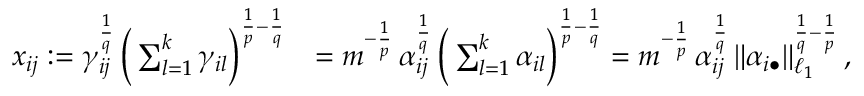
\begin{array} { r l } { x _ { i j } : = \gamma _ { i j } ^ { \frac { 1 } { q } } \, \Big ( \sum _ { l = 1 } ^ { k } \gamma _ { i l } \Big ) ^ { \frac { 1 } { p } - \frac { 1 } { q } } } & { = m ^ { - \frac { 1 } { p } } \, \alpha _ { i j } ^ { \frac { 1 } { q } } \, \Big ( \sum _ { l = 1 } ^ { k } \alpha _ { i l } \Big ) ^ { \frac { 1 } { p } - \frac { 1 } { q } } = m ^ { - \frac { 1 } { p } } \, \alpha _ { i j } ^ { \frac { 1 } { q } } \, \| \alpha _ { i \bullet } \| _ { \ell _ { 1 } } ^ { \frac { 1 } { q } - \frac { 1 } { p } } \, , } \end{array}